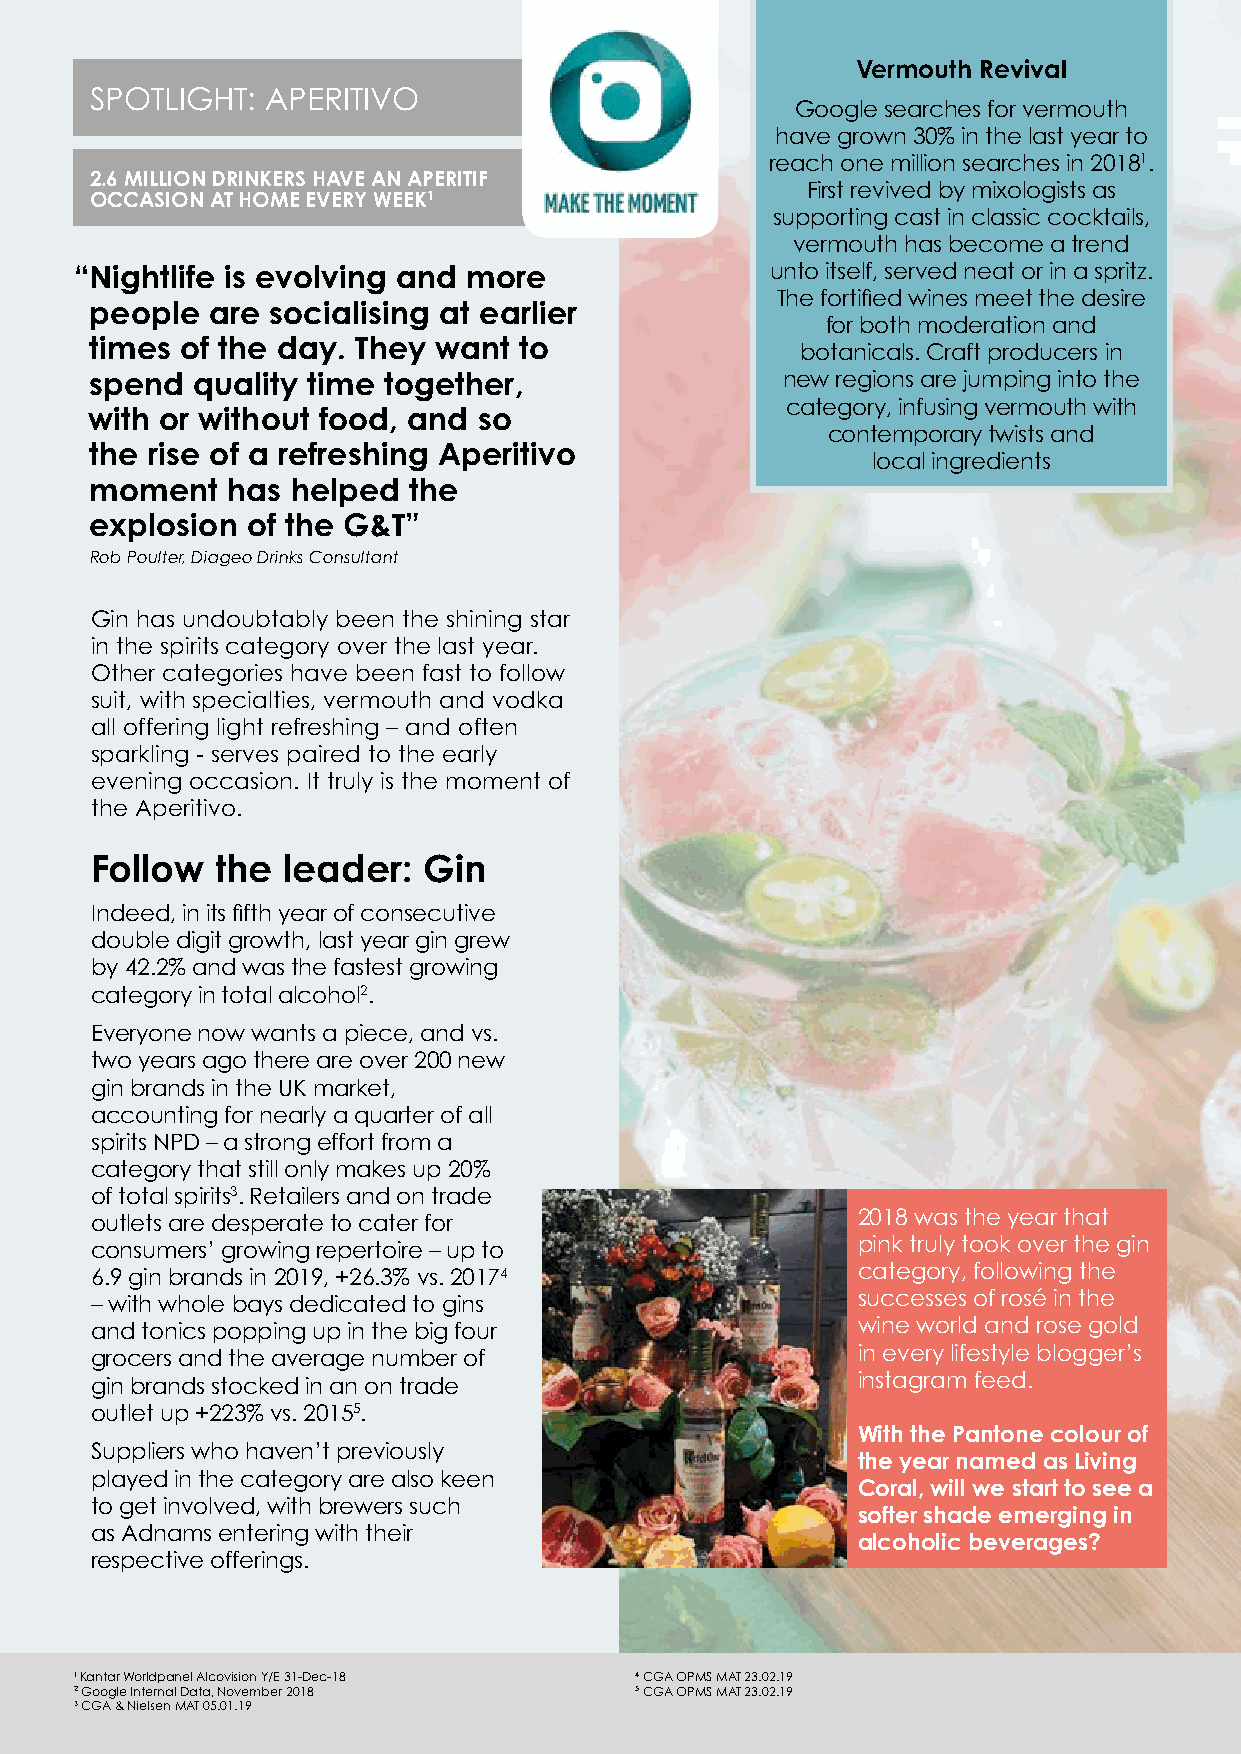
Vermouth Revival
 SPOTLIGHT:  APERITIVO
 Google searches for vermouth
 have grown 30% in the last year to
 reach one million searches in 20181.
 2.6 MILLION DRINKERS HAVE AN APERITIF
 First revived by mixologists as
 OCCASION AT HOME EVERY WEEK1
 supporting cast in classic cocktails,
 vermouth has become a trend
 “ Nightlife is evolving and more              unto itself, served neat or in a spritz.
 The fortified wines meet the desire
 people  are socialising at earlier
 for both moderation and
 times of the day. They want to
 botanicals. Craft producers in
 spend  quality time together,                 new regions are jumping into the
 category, infusing vermouth with
 with or without food, and so
 contemporary twists and
 the rise of a refreshing Aperitivo
 local ingredients
 moment   has helped  the
 explosion of the G&T”
 Rob Poulter, Diageo Drinks Consultant
 Gin has undoubtably been the shining star
 in the spirits category over the last year.
 Other categories have been fast to follow
 suit, with specialties, vermouth and vodka
 all offering light refreshing – and often
 sparkling - serves paired to the early
 evening occasion. It truly is the moment of
 the Aperitivo.
 Follow  the  leader:  Gin
 Indeed, in its fifth year of consecutive
 double digit growth, last year gin grew
 by 42.2% and was the fastest growing
 category in total alcohol2.
 Everyone now wants a piece, and vs.
 two years ago there are over 200 new
 gin brands in the UK market,
 accounting for nearly a quarter of all
 spirits NPD – a strong effort from a
 category that still only makes up 20%
 of total spirits3. Retailers and on trade
 outlets are desperate to cater for                 2018 was the year that
 consumers’ growing repertoire – up to              pink truly took over the gin
 6.9 gin brands in 2019, +26.3% vs. 20174           category, following the
 – with whole bays dedicated to gins                successes of rosé in the
 and tonics popping up in the big four              wine world and rose gold
 grocers and the average number of                  in every lifestyle blogger’s
 gin brands stocked in an on trade                  instagram feed.
 outlet up +223% vs. 20155.
 With the Pantone colour of
 Suppliers who haven’t previously
 the year named as Living
 played in the category are also keen
 Coral, will we start to see a
 to get involved, with brewers such
 softer shade emerging in
 as Adnams entering with their
 alcoholic beverages?
 respective offerings.
 1 K antar Worldpanel Alcovision Y/E 31-Dec-18 4 CGA OPMS MAT 23.02.19
 2 Google Internal Data, November 2018 5 CGA OPMS MAT 23.02.19
 3 CGA & Nielsen MAT 05.01.19